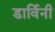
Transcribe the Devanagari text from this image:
डार्विनी